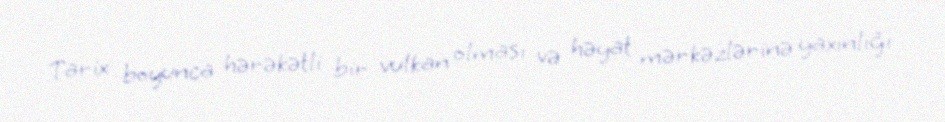
Tarix boyunca hərəkətli bir vulkan olması və həyat mərkəzlərinə yaxınlığı